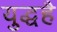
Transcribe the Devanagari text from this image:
युद्धहै